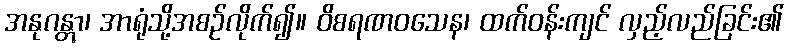
အနုဂန္တွာ၊ အာရုံသို့အစဉ်လိုက်၍။ ဝိစရဏဝသေန၊ ထက်ဝန်းကျင် လှည့်လည်ခြင်း၏